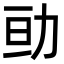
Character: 𠡚